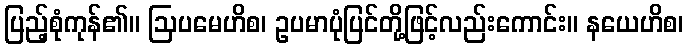
ပြည့်စုံကုန်၏။ ဩပမေဟိစ၊ ဥပမာပုံပြင်တို့ဖြင့်လည်းကောင်း။ နယေဟိစ၊